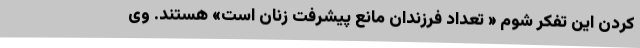
کردن این تفکر شوم « تعداد فرزندان مانع پیشرفت زنان است» هستند. وی